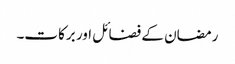
رمضان کے فضائل اور برکات۔